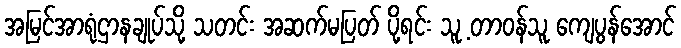
အမြင်အာရုံဌာနချုပ်သို့ သတင်း အဆက်မပြတ် ပို့ရင်း သူ့ တာဝန်သူ ကျေပွန်အောင်